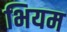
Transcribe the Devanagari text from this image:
भियम